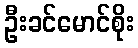
ဦးခင်မောင်စိုး